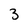
Character: 3